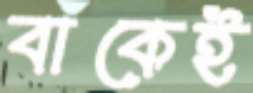
বাঁকেই